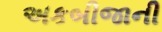
અકબીજાની